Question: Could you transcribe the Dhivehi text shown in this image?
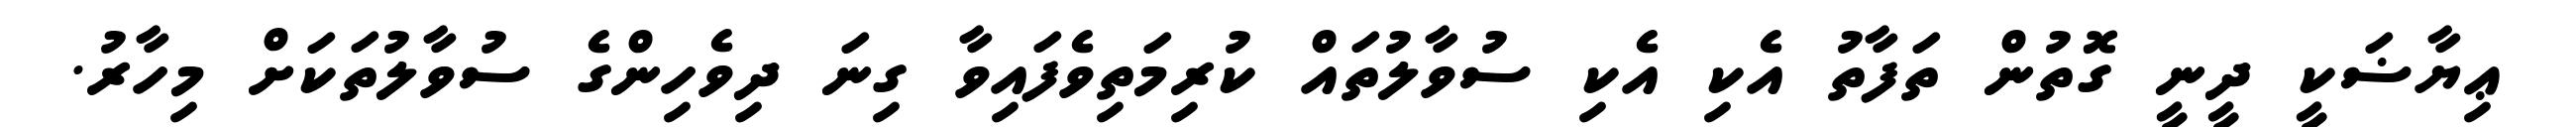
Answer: ޢިޔާޟަކީ ދީނީ ގޮތުން ތަފާތު އެކި އެކި ސުވާލުތައް ކުރިމަތިވެފައިވާ ގިނަ ދިވެހިންގެ ސުވާލުތަކަށް މިހާރު.